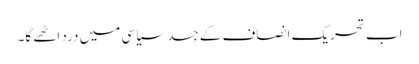
اب تحریک انصاف کے جسدِ سیاسی میں درد اٹھے گا۔